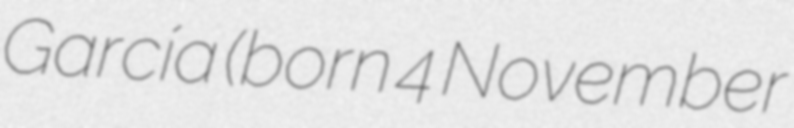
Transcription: García (born 4 November